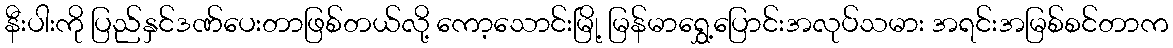
နီးပါးကို ပြည်နှင်ဒဏ်ပေးတာဖြစ်တယ်လို့ ကော့သောင်းမြို့ မြန်မာရွှေ့ပြောင်းအလုပ်သမား အရင်းအမြစ်စင်တာက